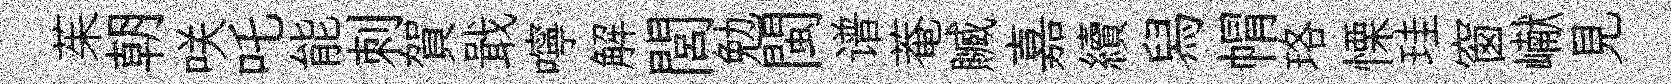
茱朝咲吒能刺賀戢嚀解閭勉閩谱菴贓嘉續舄㡌珞慄珪窗𪩘見